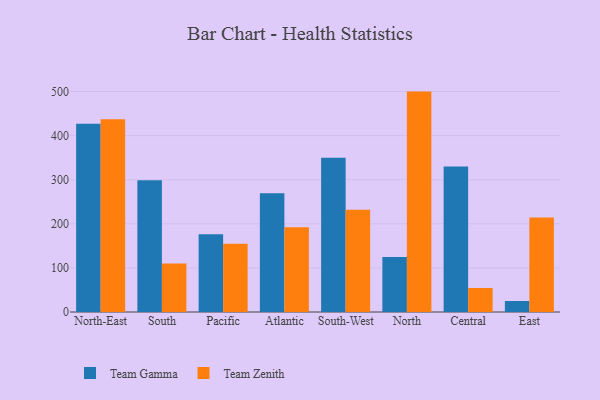
{"axis": {"x": "Region", "y": "Demand Index"}, "legend": ["Team Gamma", "Team Zenith"], "data": [{"x": "North-East", "y": 426.8, "type": "Team Gamma"}, {"x": "North-East", "y": 436.9, "type": "Team Zenith"}, {"x": "South", "y": 298.9, "type": "Team Gamma"}, {"x": "South", "y": 109.8, "type": "Team Zenith"}, {"x": "Pacific", "y": 176.3, "type": "Team Gamma"}, {"x": "Pacific", "y": 155.0, "type": "Team Zenith"}, {"x": "Atlantic", "y": 269.5, "type": "Team Gamma"}, {"x": "Atlantic", "y": 192.1, "type": "Team Zenith"}, {"x": "South-West", "y": 349.6, "type": "Team Gamma"}, {"x": "South-West", "y": 232.1, "type": "Team Zenith"}, {"x": "North", "y": 124.8, "type": "Team Gamma"}, {"x": "North", "y": 499.8, "type": "Team Zenith"}, {"x": "Central", "y": 329.7, "type": "Team Gamma"}, {"x": "Central", "y": 54.5, "type": "Team Zenith"}, {"x": "East", "y": 24.9, "type": "Team Gamma"}, {"x": "East", "y": 214.5, "type": "Team Zenith"}]}